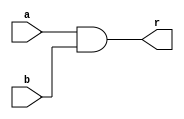
module eight_bit_AND(
        
        input  [7:0] a,
        input  [7:0] b,
        output [7:0] r
    );
    
    assign r = a & b;   
endmodule